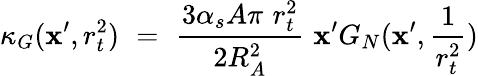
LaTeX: \kappa_{G}(\mathbf{x}^{\prime},r_{t}^{2})\, \, =\, \, \frac{{3\alpha_{s}A\pi\, \, r_{t}^{2}}}{{2R_{A}^{2}}}\, \, \mathbf{x}^{\prime}G_{N}(\mathbf{x}^{\prime},\frac{{1}}{{r_{t}^{2}}})